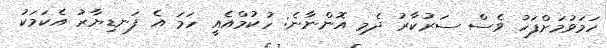
ހަމަވުމަށްފަހު ވެސް ސަރުކާރު ދެމި އޮންނާނެ: ހުކުމްއެއީ ހަމަ އެ ފަނޑިޔާރު އެކަމަކު